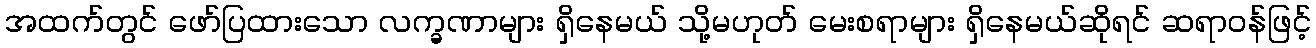
အထက်တွင် ဖော်ပြထားသော လက္ခဏာများ ရှိနေမယ် သို့မဟုတ် မေးစရာများ ရှိနေမယ်ဆိုရင် ဆရာဝန်ဖြင့်